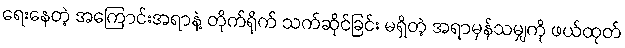
ရေးနေတဲ့ အကြောင်းအရာနဲ့ တိုက်ရိုက် သက်ဆိုင်ခြင်း မရှိတဲ့ အရာမှန်သမျှကို ဖယ်ထုတ်